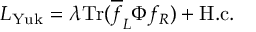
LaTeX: { \cal L } _ { \mathrm { Y u k } } = \lambda \mathrm { T r } ( \overline { { { f } } } _ { L } \Phi f _ { R } ) + \mathrm { H . c . }